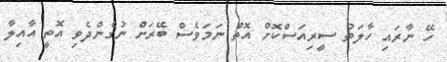
ހޭ ނާރައި ހާލަތު ސީރިއަސްކޮށް އޮތް ނަމަވެސް ބޭރަށް ނުގެންދެވި އޮތީ އާއިލާ